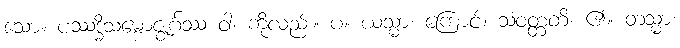
သော။ ပဿဒ္ဓိသမ္ဗောဇ္ဈင်္ဂဿ ဝါ၊ ကိုလည်း။ ပ။ ယသ္မာ၊ ကြောင့်။ သံဝတ္တတိ၊ ၏။ တသ္မာ၊